Vaccination in Bombay 1863-1868 - 1863-1868
Year: 1863
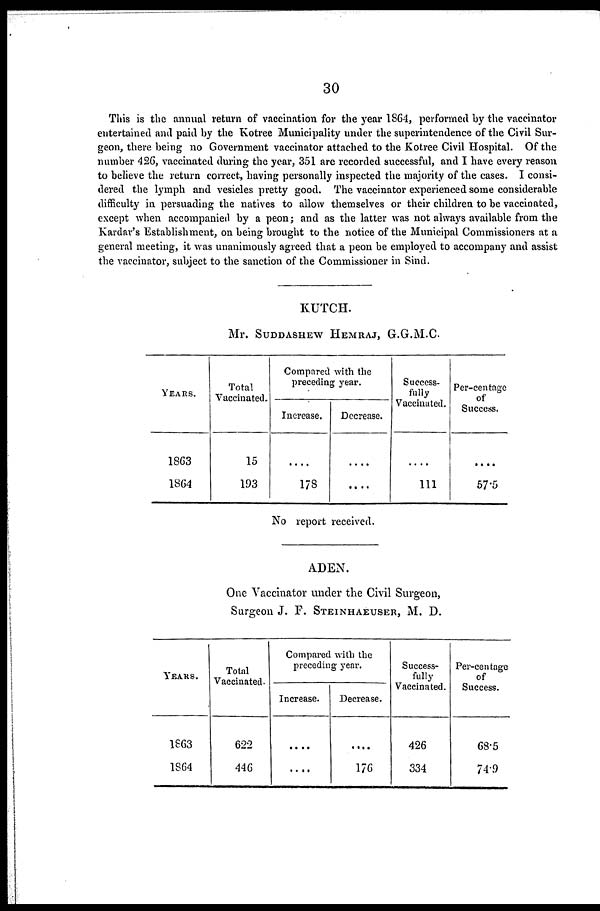
30
This is the annual return of vaccination for the year 1864, performed by the vaccinator
entertained and paid by the Kotree Municipality under the superintendence of the Civil Sur-
geon, there being no Government vaccinator attached to the Kotree Civil Hospital. Of the
number 426, vaccinated during the year, 351 are recorded successful, and I have every reason
to believe the return correct, having personally inspected the majority of the cases. I consi-
dered the lymph and vesicles pretty good. The vaccinator experienced some considerable
difficulty in persuading the natives to allow themselves or their children to be vaccinated,
except when accompanied by a peon; and as the latter was not always available from the
Kardar's Establishment, on being brought to the notice of the Municipal Commissioners at a
general meeting, it was unanimously agreed that a peon be employed to accompany and assist
the vaccinator, subject to the sanction of the Commissioner in Sind.
KUTCH.
Mr. SUDDASHEW HEMRAJ, G.G.M.C
YEARS.
1863
1864
Total
Vaccinated.
15
193
Compared with the
preceding year.
Increase.
....
178
Decrease.
....
....
Success-
fully
Vaccinated.
....
111
Per-centage
of
Success.
....
57.5
No report received.
ADEN.
One Vaccinator under the Civil Surgeon,
Surgeon J. F. STEINHAEUSER, M. D.
YEARS.
1863
1864
Total
Vaccinated.
622
446
Compared with the
preceding year.
Increase.
....
....
Decrease.
....
176
Success-
fully
Vaccinated.
426
334
Per-centage
of
Success.
68.5
74.9